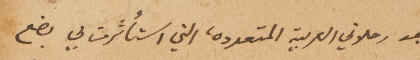
بعد رحلاتي العربية المتعددة التي استأثرت بي بضع